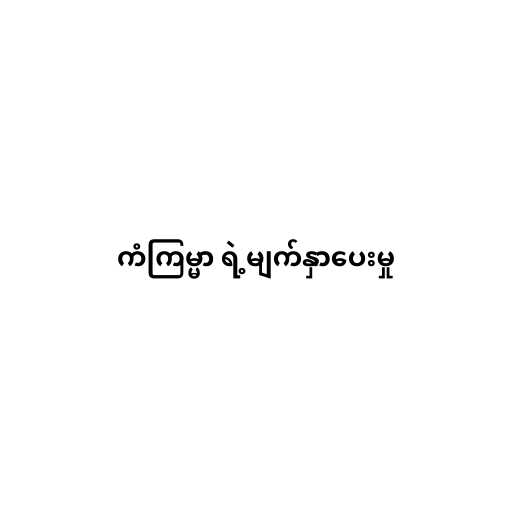
ကံကြမ္မာ ရဲ့မျက်နှာပေးမှု